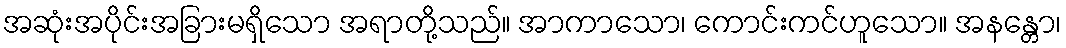
အဆုံးအပိုင်းအခြားမရှိသော အရာတို့သည်။ အာကာသော၊ ကောင်းကင်ဟူသော။ အနန္တော၊